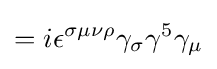
=i\epsilon ^{\sigma \mu \nu \rho }\gamma _{\sigma }\gamma ^{5}\gamma _{\mu }